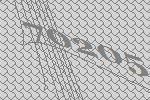
70205